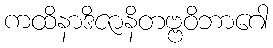
ကထိနာဒိဇာနိတဗ္ဗဝိဘာဂေါ